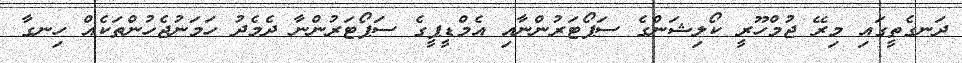
ދަނގެތީގައި މިރޭ ޖުމްހޫރީ ކޯލިޝަންގެ ސަޕޯޓަރުންނާއި އެމްޑީޕީގެ ސަޕޯޓަރުންނާ ދެމެދު ހަމަނުޖެހުންތަކެއް ހިނގާ